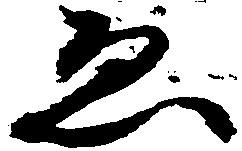
ゑ